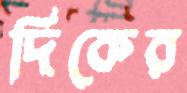
দিকের